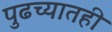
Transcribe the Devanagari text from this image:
पुढच्यातही